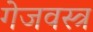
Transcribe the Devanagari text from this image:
गेजवस्त्र